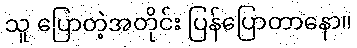
သူ ပြောတဲ့အတိုင်း ပြန်ပြောတာနော။